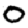
Digit: 0